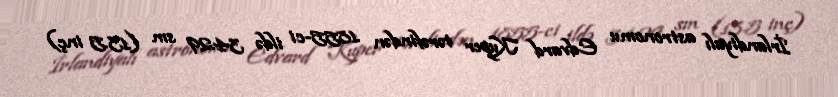
İrlandiyalı astronomu Edvard Kuper tərəfindən 1855-ci ildə 34.29 sm (13.5 inç)